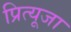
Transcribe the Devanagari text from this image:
प्रित्यूजा